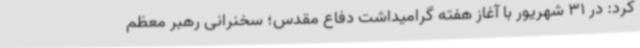
کرد: در 31 شهریور با آغاز هفته گرامیداشت دفاع مقدس؛ سخنرانی رهبر معظم